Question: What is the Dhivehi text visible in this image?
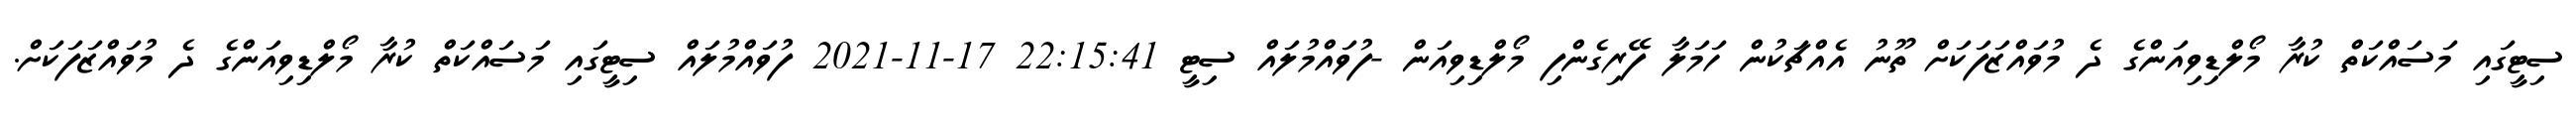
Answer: ސިޓީގައި މަސައްކަތް ކުރާ މޯލްޑިވިއަންގެ ދެ މުވައްޒަފަކަށް ތޫނު އެއްޗަކުން ހަމަލާ ފޭރިގެންފި މޯލްޑިވިއަން -ފުވައްމުލައް ސިޓީ 22:15:41 17-11-2021 ފުވައްމުލައް ސިޓީގައި މަސައްކަތް ކުރާ މޯލްޑިވިއަންގެ ދެ މުވައްޒަފަކަށް.